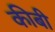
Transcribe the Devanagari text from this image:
कीबी